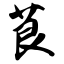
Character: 茛